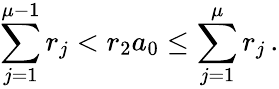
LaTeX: \sum_{j=1}^{\mu-1}r_{j}<r_{2}a_{0}\leq\sum_{j=1}^{\mu}r_{j}\, .